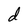
Character: d